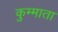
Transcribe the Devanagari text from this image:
कुम्माता